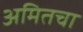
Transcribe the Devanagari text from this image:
अमितचा